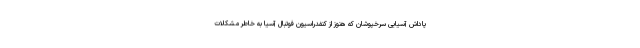
پاداش آسیایی سرخپوشان که هنوز از کنفدراسیون فوتبال آسیا به خاطر مشکلات